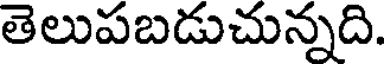
తెలుపబడుచున్నది.